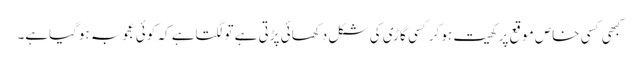
کبھی کسی خاص موقع پر کھیت ہوکرکسی گاڑی کی شکل دکھائی پڑتی ہے تولگتاہے کہ کوئی عجوبہ ہوگیاہے۔